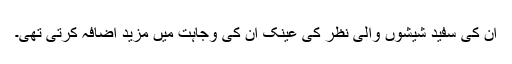
ان کی سفید شیشوں والی نظر کی عینک ان کی وجاہت میں مزید اضافہ کرتی تھی۔